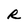
Character: R